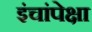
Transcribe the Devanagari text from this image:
इंचांपेक्षा